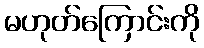
မဟုတ်ကြောင်းကို